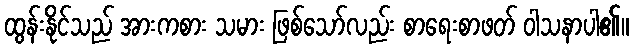
ထွန်းနိုင်သည် အားကစား သမား ဖြစ်သော်လည်း စာရေးစာဖတ် ဝါသနာပါ၏။